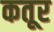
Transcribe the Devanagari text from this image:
कतूर